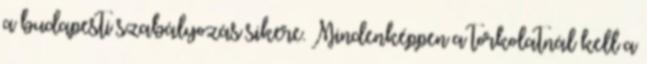
a budapesti szabályozás sikere. Mindenképpen a torkolatnál kell a